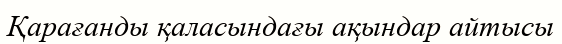
Қарағанды қаласындағы ақындар айтысы